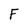
Character: F